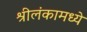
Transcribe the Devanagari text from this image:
श्रीलंकामध्ये